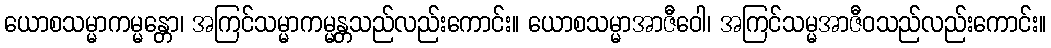
ယောစသမ္မာကမ္မန္တော၊ အကြင်သမ္မာကမ္မန္တသည်လည်းကောင်း။ ယောစသမ္မာအာဇီဝေါ၊ အကြင်သမ္မအာဇီဝသည်လည်းကောင်း။